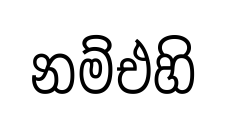
නම්එහි